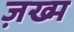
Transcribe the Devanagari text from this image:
ज़ख्‍म